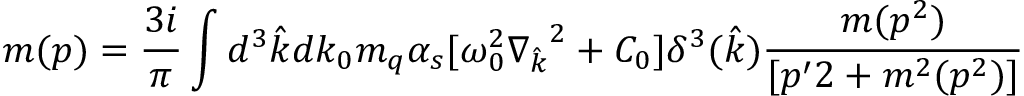
m ( p ) = \frac { 3 i } { \pi } \int d ^ { 3 } { \hat { k } } d k _ { 0 } m _ { q } \alpha _ { s } [ \omega _ { 0 } ^ { 2 } { \nabla _ { \hat { k } } } ^ { 2 } + C _ { 0 } ] \delta ^ { 3 } ( { \hat { k } } ) \frac { m ( p ^ { 2 } ) } { [ p ^ { \prime } 2 + m ^ { 2 } ( p ^ { 2 } ) ] }